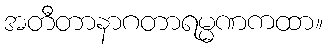
အတီတာနာဂတာရမ္မဏကထာ။